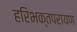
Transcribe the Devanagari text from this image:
हरिभक्तपरायण